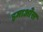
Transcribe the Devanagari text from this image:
इमाओस